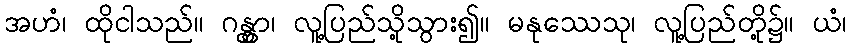
အဟံ၊ ထိုငါသည်။ ဂန္တွာ၊ လူ့ပြည်သို့သွား၍။ မနုဿေသု၊ လူ့ပြည်တို့၌။ ယံ၊